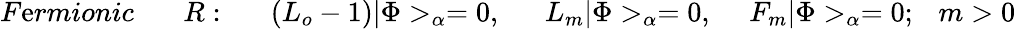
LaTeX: F\mathrm{e}rmionic~~~~~~~R:~~~~~~(L_{o}-1)|\Phi>_{\alpha}=0,~~~~~~L_{m}|\Phi>_{\alpha}=0,~~~~~F_{m}|\Phi>_{\alpha}=0;~~~m>0